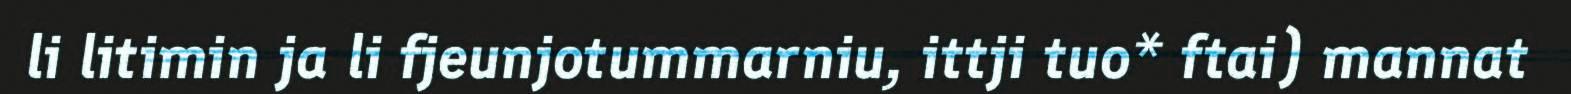
li litimin ja li fjeunjotummarniu, ittji tuo* ftai) mannat